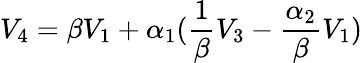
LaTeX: V_{4}=\beta V_{1}+\alpha_{1}(\frac{1}{\beta}V_{3}-\frac{\alpha_{2}}{\beta}V_{1})